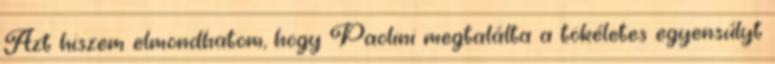
Azt hiszem elmondhatom, hogy Paolini megtalálta a tökéletes egyensúlyt